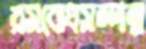
রসবোধসম্পন্ন